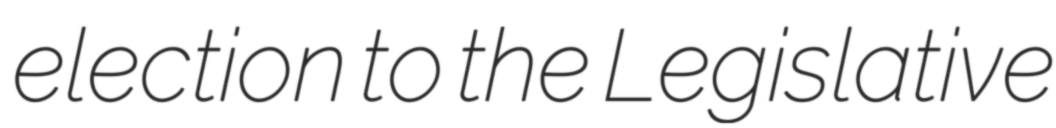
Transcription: election to the Legislative